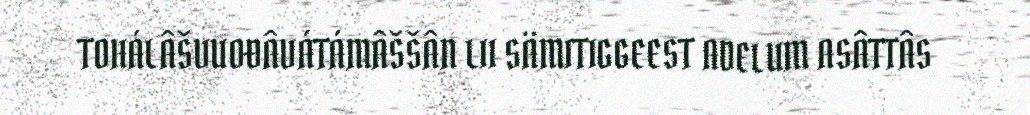
TOHÁLÂŠVUOĐÂVÁTÁMÂŠŠÂN LII SÄMITIGGEEST ADELUM ASÂTTÂS